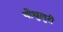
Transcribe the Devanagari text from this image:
पोथुलुरी